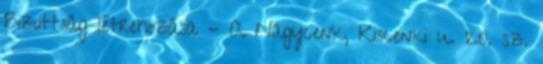
Bizottság létrehozása - A Nagycenk, Kiscenki u. 20. sz.